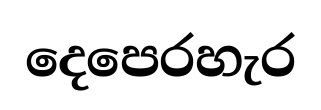
දෙපෙරහැර